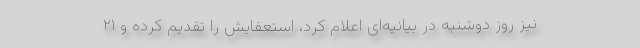
نیز روز دوشنبه در بیانیه‌ای اعلام کرد، استعفایش را تقدیم کرده و ۲۱